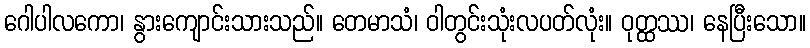
ဂေါပါလကော၊ နွားကျောင်းသားသည်။ တေမာသံ၊ ဝါတွင်းသုံးလပတ်လုံး။ ဝုတ္ထဿ၊ နေပြီးသော။